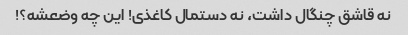
نه قاشق چنگال داشت، نه دستمال کاغذی! این چه وضعشه؟!